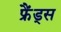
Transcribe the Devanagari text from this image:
फ्रैंड्स